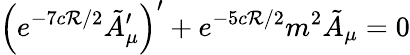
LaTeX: \left(e^{-7c\mathcal{R}/2}\tilde{{A}}_{\mu}^{\prime}\right)^{\prime}+e^{-5c\mathcal{R}/2}m^{2}\tilde{{A}}_{\mu}=0